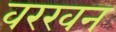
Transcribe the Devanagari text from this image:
वरखन